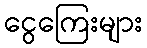
ငွေကြေးများ